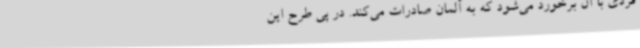
فردی با آن برخورد می‌شود که به آلمان صادرات می‌کند. در پی طرح این